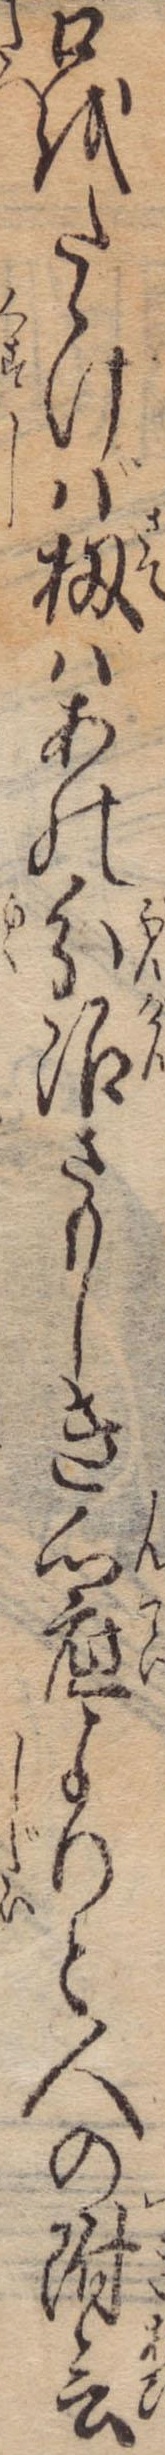
口をたゝけば扨はあの分限さもしき心底よりと人の附会